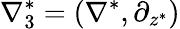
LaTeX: \nabla_{3}^{*}=(\nabla^{*},\partial_{z^{*}})